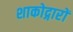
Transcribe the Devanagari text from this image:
शाकोद्गारों